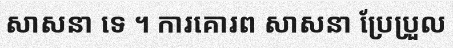
សាសនា ទេ ។ ការគោរព សាសនា ប្រែប្រួល